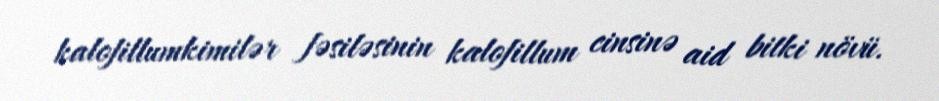
kalofillumkimilər fəsiləsinin kalofillum cinsinə aid bitki növü.